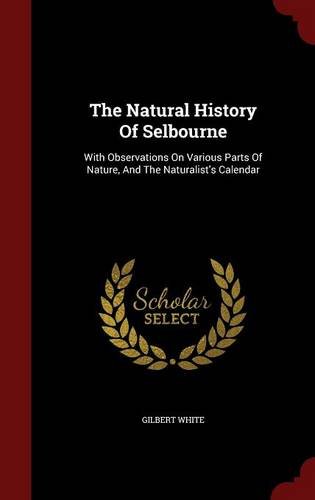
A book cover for The Natural History Of Selbourne: With Observations On Various Parts Of Nature, And The Naturalist's Calendar; Gilbert White; Literature & Fiction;